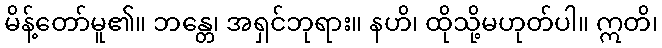
မိန့်တော်မူ၏။ ဘန္တေ၊ အရှင်ဘုရား။ နဟိ၊ ထိုသို့မဟုတ်ပါ။ ဣတိ၊